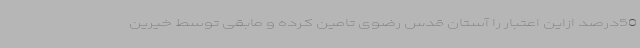
50درصد ازاین اعتبار را آستان قدس رضوی تامین کرده و مابقی توسط خیرین